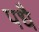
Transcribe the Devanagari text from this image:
पधै